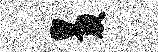
叟腴